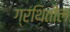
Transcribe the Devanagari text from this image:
ग्रंथितील